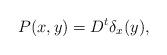
LaTeX: \begin{align*} P(x,y) = D^t\delta_x (y) ,\end{align*}